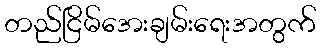
တည်ငြိမ်အေးချမ်းရေးအတွက်